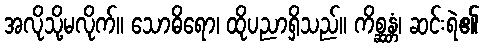
အလိုသို့မလိုက်။ သောဓိရော၊ ထိုပညာရှိသည်။ ကိစ္ဆန္တံ၊ ဆင်းရဲ၏